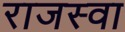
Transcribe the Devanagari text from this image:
राजस्वा